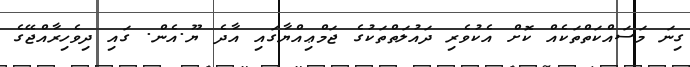
ގިނަ މަސައްކަތްތަކެއް ކޮށް އެކުވެރި ދައުލަތްތަކުގެ ޖަމްޢިއްޔާގައި އާދެ ޔޫ.އެން. ގައި ދިވެހިރާއްޖޭގެ